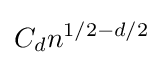
C_{d}n^{1/2-d/2}